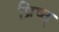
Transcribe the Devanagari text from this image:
प्रिष्ठ्